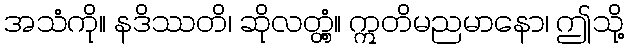
အသံကို။ နဒိဿတိ၊ ဆိုလတ္တံ့။ ဣတိမညမာနော၊ ဤသို့